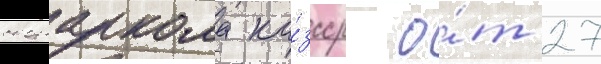
совнаркома ка́зсср о́т 27